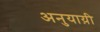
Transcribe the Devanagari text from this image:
अनुयाय़ी